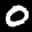
Label: 0